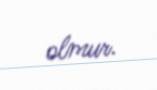
olmur.